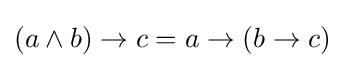
(a\land b)\to c=a\to (b\to c)